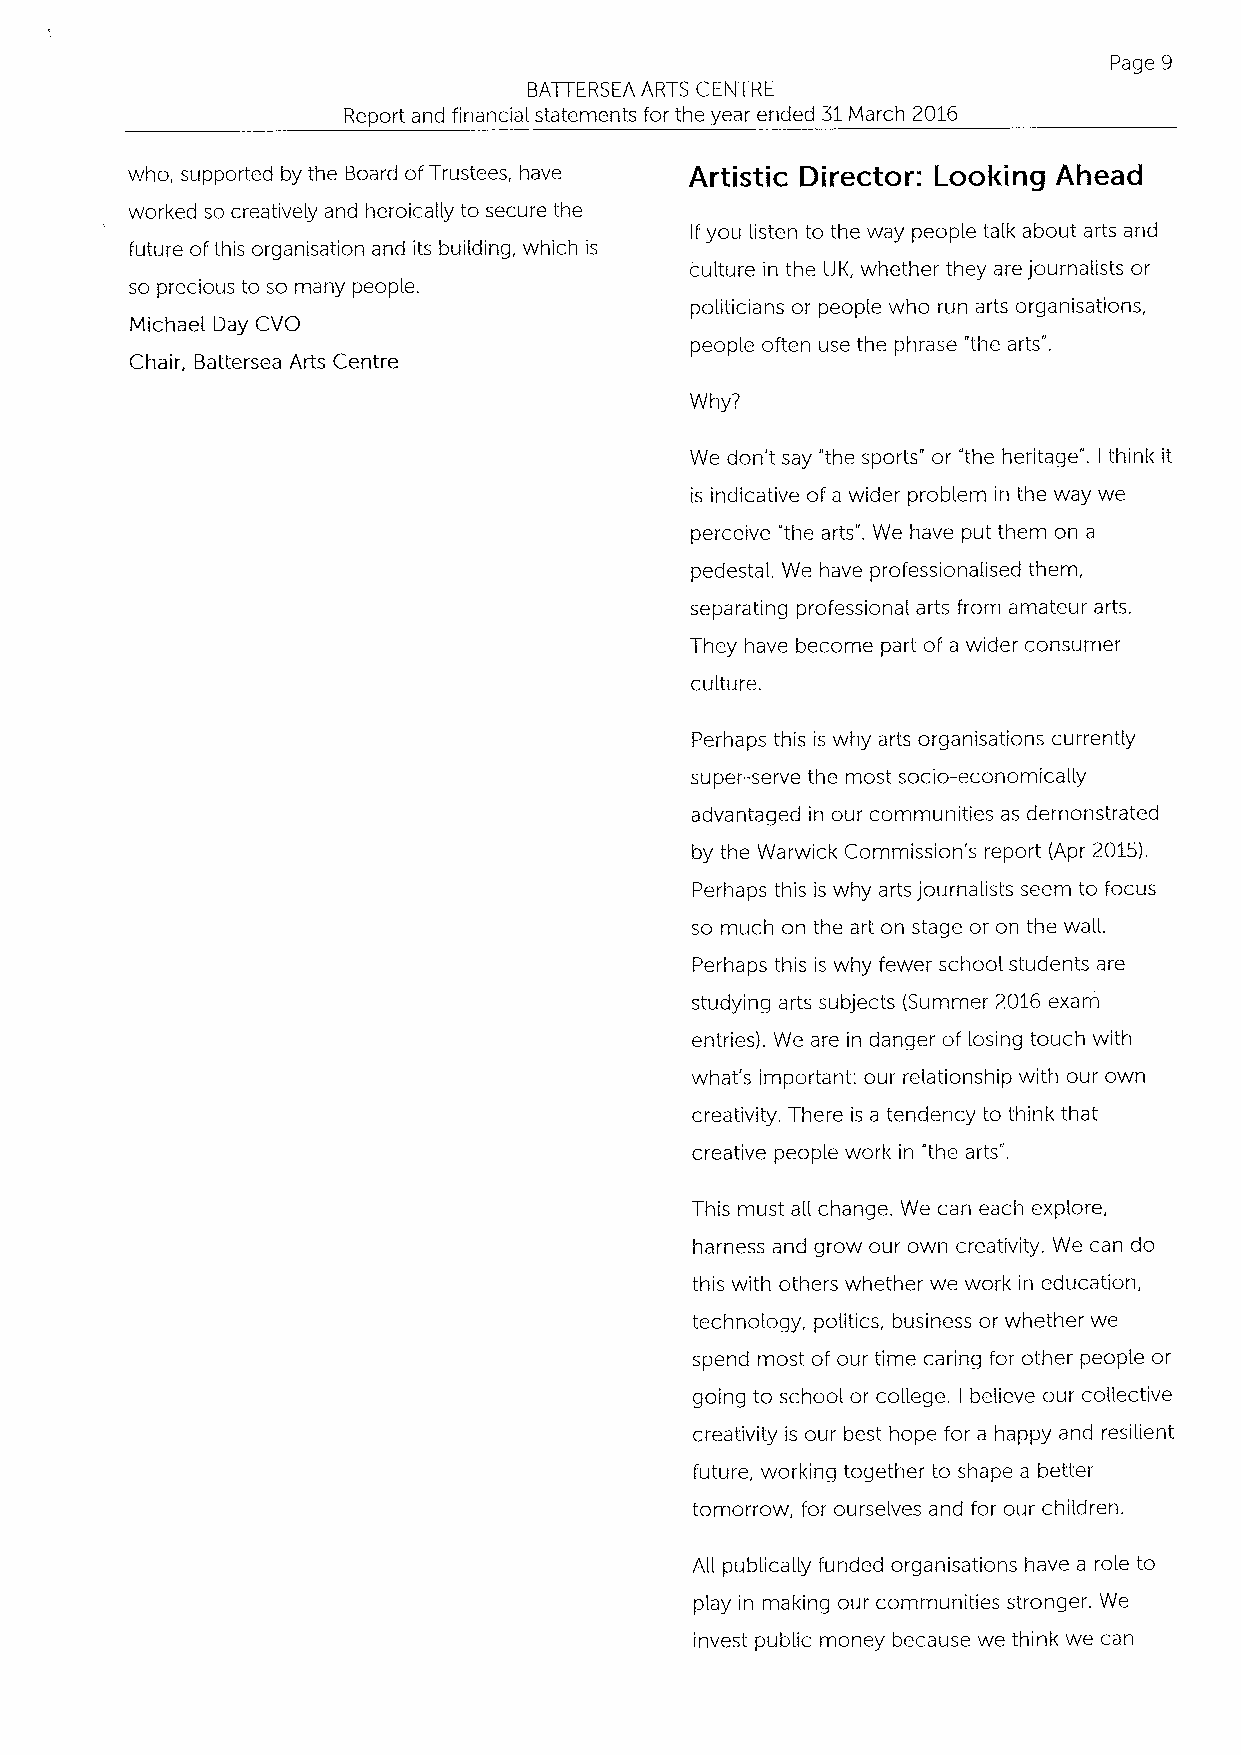
Page 9
 BATTERSEA ARTS CENTRE
 Report and financial statements for the year ended 31March 2016
 who, supported by the Board ofTrustees, have Artistic Director: Looking Ahead
 worked so creatively and heroically to secure the
 Ifyou listen to the way people talk about arts and
 future ofthis organisation and its building, which is
 culture in the UK, whether they are journalists or
 so precious to so many people.
 politicians or people who run arts organisations,
 Michael Day CVO
 people often use the phrase "the arts".
 Chair, Battersea Arts Centre
 Why?
 We don't say "the sports" or 'the heritage". think it
 I
 is indicative of a wider problem in the way we
 perceive 'the arts". We have put them on a
 pedestal. We have professionalised them,
 separating professional arts from amateur arts.
 They have become part of a wider consumer
 culture.
 Perhaps this is why arts organisations currently
 super-serve the most socio-economically
 advantaged in our communities as demonstrated
 by the Warwick Commission's report (Apr 2015).
 Perhaps this is why arts journalists seem to focus
 so much on the art on stage or on the waH.
 Perhaps this is why fewer school students are
 studying arts subjects (Summer 2016 exam
 entries). We are in danger of losing touch with
 what's important: our relationship with our own
 creativity. There is a tendency to think that
 creative people work in the arts".
 This must aH change. We can each explore,
 harness and grow our own creativity. We can do
 this with others whether we work in education,
 technology, politics, business or whether we
 spend most of our time caring for other people or
 going to school or coHege. believe our collective
 I
 creativity is our best hope for a happy and resilient
 future, working together to shape a better
 tomorrow, for ourselves and for our children.
 AH publicaHy funded organisations have a role to
 play in making our communities stronger. We
 invest public money because we think we can